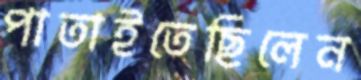
পাতাইতেছিলেন